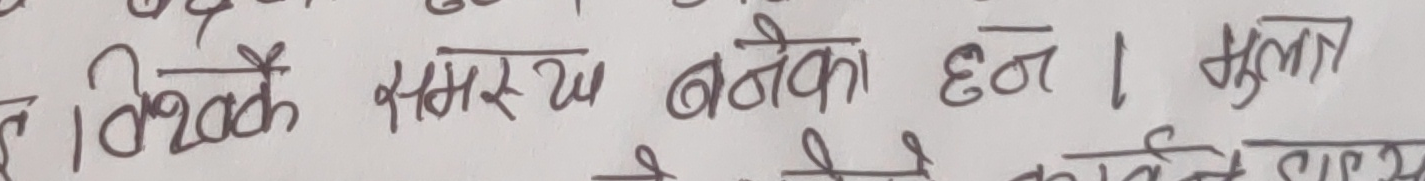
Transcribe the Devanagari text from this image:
ब विश्वकै समक्ष बनेका छन् । सुलता